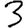
Digit: 3